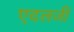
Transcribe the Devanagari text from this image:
एदलजी